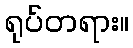
ရုပ်တရား။